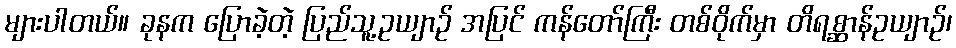
များပါတယ်။ ခုနက ပြောခဲ့တဲ့ ပြည်သူ့ဥယျာဉ် အပြင် ကန်တော်ကြီး တစ်ဝိုက်မှာ တိရစ္ဆာန်ဥယျာဉ်၊